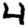
Digit: 4